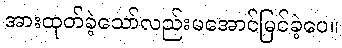
အားထုတ်ခဲ့သော်လည်းမအောင်မြင်ခဲ့ပေ။